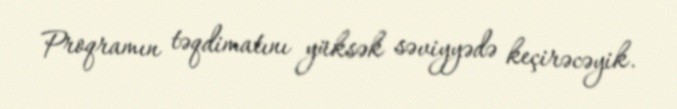
Proqramın təqdimatını yüksək səviyyədə keçirəcəyik.